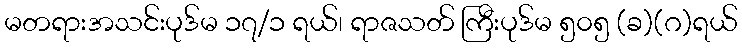
မတရားအသင်းပုဒ်မ ၁၇/၁ ရယ်၊ ရာဇသတ် ကြီးပုဒ်မ ၅၀၅ (ခ)(ဂ)ရယ်